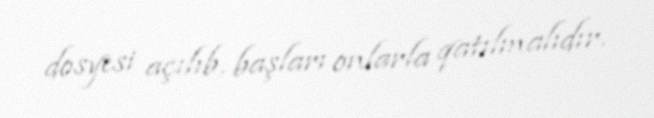
dosyesi açılıb, başları onlarla qatılmalıdır.